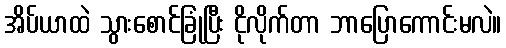
အိပ်ယာထဲ သွားစောင်ခြုံပြီး ငိုလိုက်တာ ဘာပြောကောင်းမလဲ။